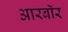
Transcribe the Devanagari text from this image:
आरबॉर